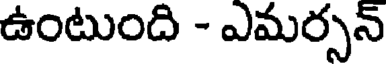
ఉంటుంది - ఎమర్సన్